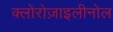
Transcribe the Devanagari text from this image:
क्लोरोज़ाइलीनोल